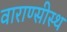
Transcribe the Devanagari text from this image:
वाराण्सीस्थ